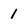
Character: 1